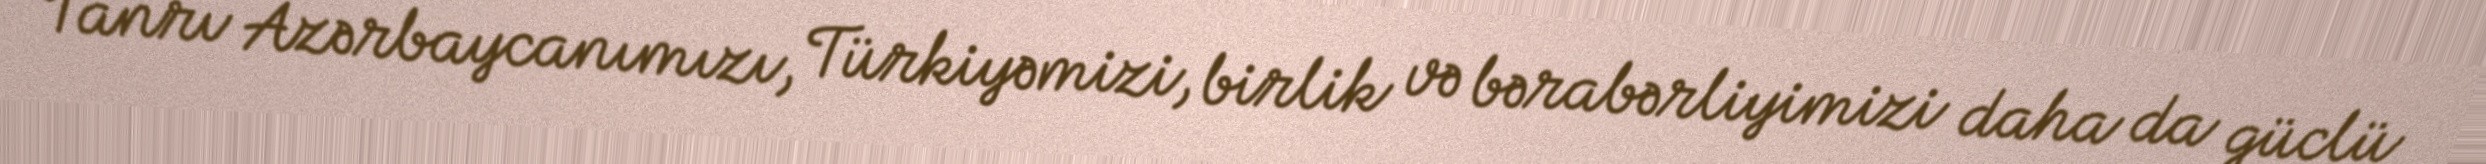
Tanrı Azərbaycanımızı, Türkiyəmizi, birlik və bərabərliyimizi daha da güclü